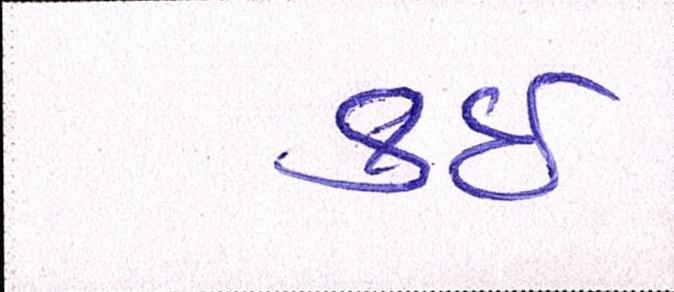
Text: કઇ